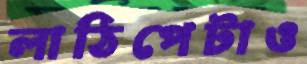
লাঠিপেটাও